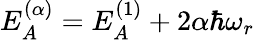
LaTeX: E_{A}^{(\alpha)}=E_{A}^{(1)}+2\alpha\hbar\omega_{r}